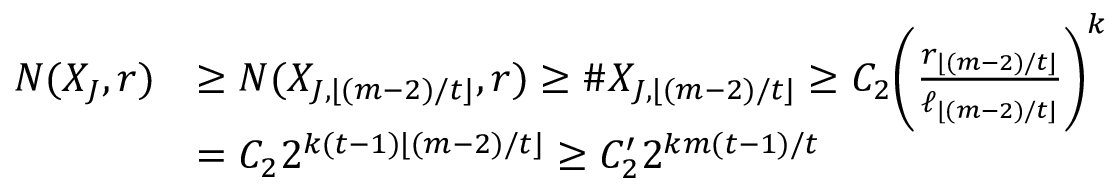
\begin{array} { r l } { N ( X _ { J } , r ) } & { \ge N ( X _ { J , \lfloor ( m - 2 ) / t \rfloor } , r ) \ge \# X _ { J , \lfloor ( m - 2 ) / t \rfloor } \ge C _ { 2 } \bigg ( \frac { r _ { \lfloor ( m - 2 ) / t \rfloor } } { \ell _ { \lfloor ( m - 2 ) / t \rfloor } } \bigg ) ^ { k } } \\ & { = C _ { 2 } 2 ^ { k ( t - 1 ) \lfloor ( m - 2 ) / t \rfloor } \ge C _ { 2 } ^ { \prime } 2 ^ { k m ( t - 1 ) / t } } \end{array}